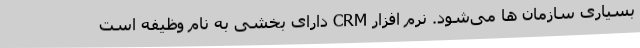
بسیاری سازمان ها می‌شود. نرم افزار CRM دارای بخشی به نام وظیفه است